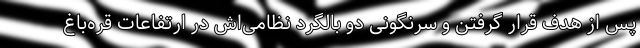
پس از هدف قرار گرفتن و سرنگونی دو بالگرد نظامی‌اش در ارتفاعات قره‌باغ